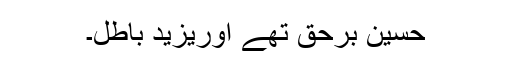
حسینؓ برحق تھے اوریزید باطل۔